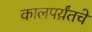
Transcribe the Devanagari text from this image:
कालपर्य़ंतचे